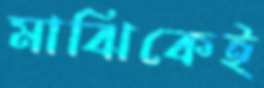
মাঝিকেই